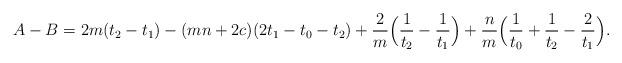
LaTeX: \begin{align*}A-B=2m(t_2-t_1)-(mn+2c)(2t_1-t_0-t_2)+{2\over m}\Bigl({1\over t_2}-{1\over t_1}\Bigr)+{n\over m}\Bigl({1\over t_0}+{1\over t_2}-{2\over t_1}\Bigr).\end{align*}